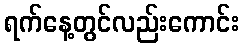
ရက်နေ့တွင်လည်းကောင်း